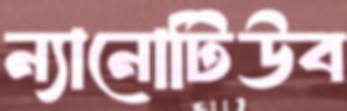
ন্যানোটিউব